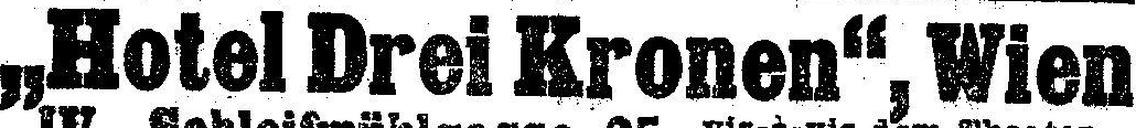
„Hotel Drei Kronen“, Wien